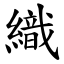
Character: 織